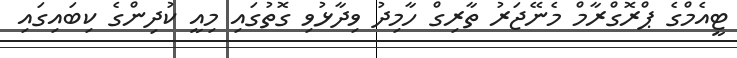
ޓީއެމްގެ ޕްރޮގްރާމް މެނޭޖަރު ތާރިގް ހާމިދު ވިދާޅުވި ގޮތުގައި މިއީ ކުދިންގެ ކިބައިގައި